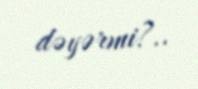
dəyərmi?..